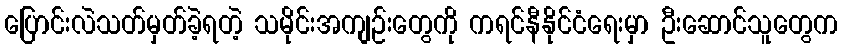
ပြောင်းလဲသတ်မှတ်ခဲ့ရတဲ့ သမိုင်းအကျဉ်းတွေကို ကရင်နီနိုင်ငံရေးမှာ ဦးဆောင်သူတွေက